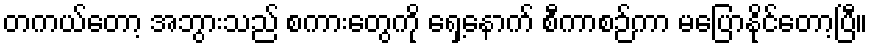
တကယ်တော့ အဘွားသည် စကားတွေကို ရှေ့နောက် စီကာစဉ်ကာ မပြောနိုင်တော့ပြီ။